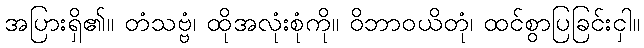
အပြားရှိ၏။ တံသဗ္ဗံ၊ ထိုအလုံးစုံကို။ ဝိဘာဝယိတုံ၊ ထင်စွာပြခြင်းငှါ။